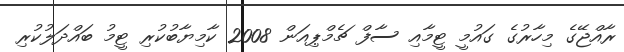
ރާއްޖޭގެ މިހާރުގެ ގައުމީ ޓީމާއި ސާފް ޗެމްޕިއަން 2008 ކާމިޔާބުކުރި ޓީމު ބައްދަލުކުރި